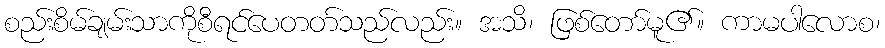
စည်းစိမ်ချမ်းသာကိုစီရင်ပေတတ်သည်လည်း။ အသိ၊ ဖြစ်တော်မူ၏။ ကာမပါလောစ၊